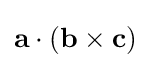
\mathbf {a} \cdot (\mathbf {b} \times \mathbf {c} )